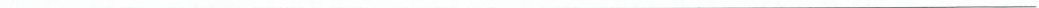
___